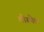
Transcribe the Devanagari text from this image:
गौस्पैल